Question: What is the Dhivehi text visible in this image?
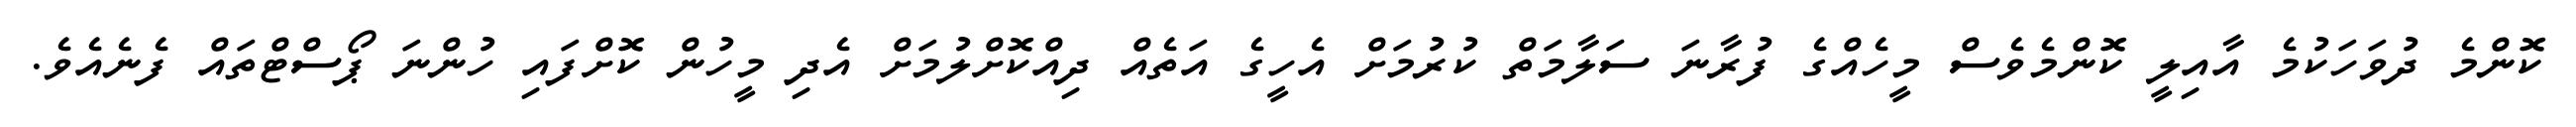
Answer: ކޮންމެ ދުވަހަކުމެ އާއިލީ ކޮންމެވެސް މީހެއްގެ ފުރާނަ ސަލާމަތް ކުރުމަށް އެހީގެ އަތެއް ދިއްކޮށްލުމަށް އެދި މީހުން ކޮށްފައި ހުންނަ ޕޯސްޓްތައް ފެނެއެވެ.